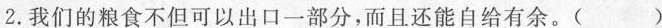
2.我们的粮食不但可以出口一部分，而且还能自给有余。()